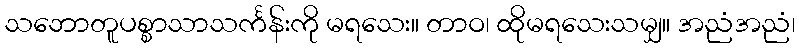
သဘောတူပစ္စာသာသင်္ကန်းကို မရသေး။ တာဝ၊ ထိုမရသေးသမျှ။ အညံအညံ၊